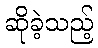
ဆိုခဲ့သည့်